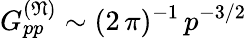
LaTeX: G_{pp}^{(\mathfrak{N})}\sim(2\, \pi)^{-1}\, p^{-3/2}